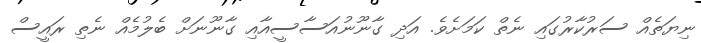
ނިޔަތެއް ސަރުކާރުގައި ނެތް ކަމަށެވެ. އަދި ގާނޫނުއަސާސީއާއި ގާނޫނަށް ބެލުމެއް ނެތި ރައީސް